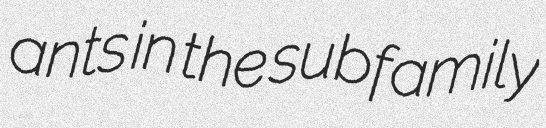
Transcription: ants in the subfamily